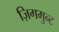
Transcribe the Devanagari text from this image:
ज़िगमुन्ट